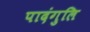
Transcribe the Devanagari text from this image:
पादंगुलि